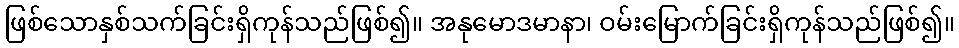
ဖြစ်သောနှစ်သက်ခြင်းရှိကုန်သည်ဖြစ်၍။ အနုမောဒမာနာ၊ ဝမ်းမြောက်ခြင်းရှိကုန်သည်ဖြစ်၍။